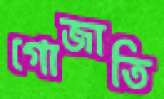
গোজাতি